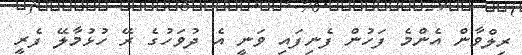
ރިލްވާން އެންމެ ފަހުން ފެނިފައި ވަނީ އެ ދުވަހުގެ ރޭ ހުޅުމާލޭ ފެރީ